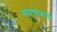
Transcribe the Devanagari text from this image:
संत्रासकारी